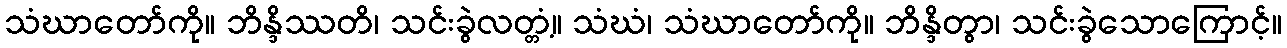
သံဃာတော်ကို။ ဘိန္ဒိဿတိ၊ သင်းခွဲလတ္တံ့။ သံဃံ၊ သံဃာတော်ကို။ ဘိန္ဒိတွာ၊ သင်းခွဲသောကြောင့်။